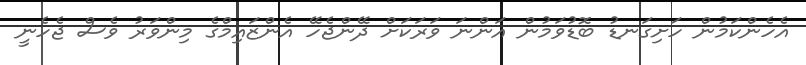
އެހެންކަމުން ހަށިގަނޑު ބޮޑުވަމުން އަންނަ ވަރަކަށް ދޭންޖެހޭ އެންޒައިމްގެ މިންވަރު ވެސް ޖެހެނީ